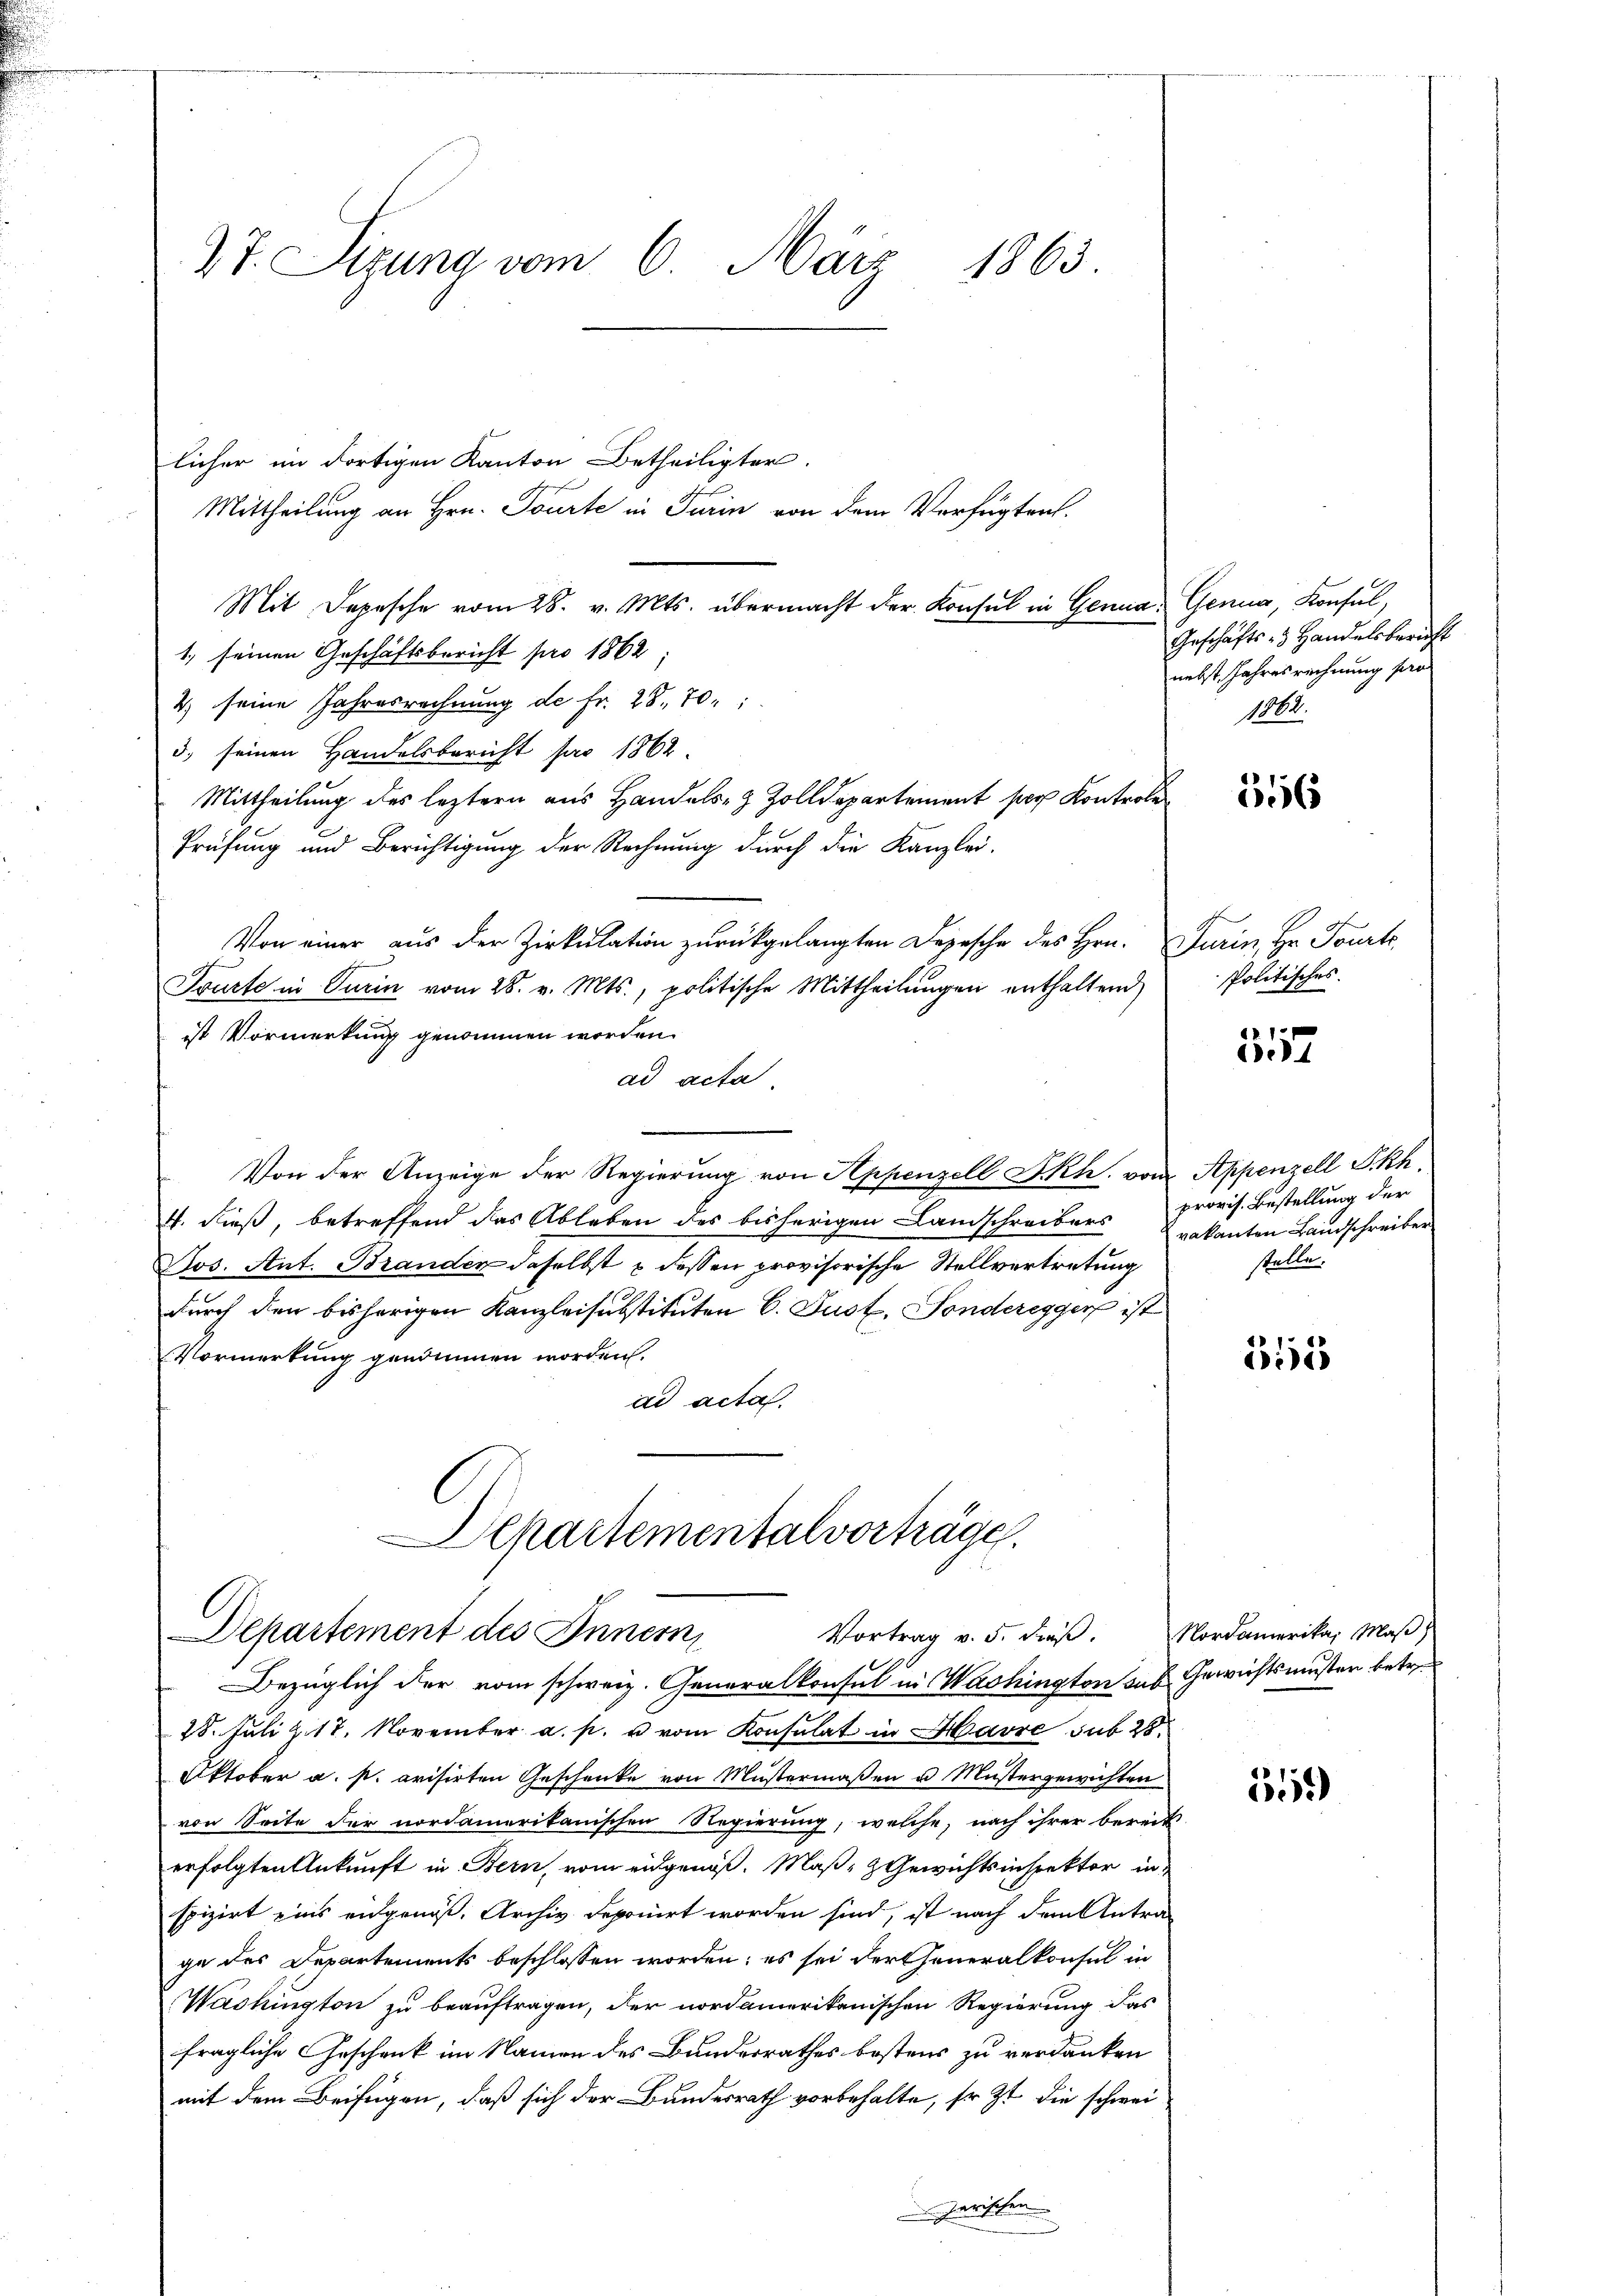
27. Sitzung vom 6. März 1863.

licher im dortigen Kanton Betheiligter
f
Mittheilung an Hrn. Tourte in Turin von dem Verfügten.
Mit Depesche vom 28. v. Mts. übermacht der Konsul in Genua, Genug, Konsul,
1, seinen Geschäftsbericht pro 1862;
2) seine Jahresrechnung de fr. 28. 70.
3) seinen Handelsbericht pro 1862
Mittheilung des leztern aus Handels- & Zolldepartement par Kontrole
Prüfung und Berichtigung der Rechnung durch die Kanzlei-
Von einer aus der Zirkulation zurückgelangten Depesche des Hrn.
Truste in Turin vom 28. v. Mts., politische Mittheilungen enthaltend
ist Vormerkung genommen worden.
ad acta
Von der Anzeige der Regierŭng von Appenzell I.Rh. von Appenzell Skh
4. dieß, betreffend das Ableben des bisherigen Landschreibers
Jos. Ant. Branden daselbst & dessen provisorische Stellvertretung
durch den bisherigen Kanzleisubstituten 6. Just, Sonderegger ist
Vormerkung genommen worden.
ad acta.

Departementalvorträge.
Departement des Innern,
Vortrag v. 5. dieβ. Nordamerika, Maβ
Bezüglich der vom schweiz. Generalkonsul in Washington das Gewichtsmuster betre

Geschäfts- & Handelsbericht
nebst Jahresrechnung pro
1860.

28. Juli u. 17. November a. p. u vom Konsulat in Havre sub 28.
Oktober a. s. arisirten Geschenke von Mustermaßen u. Mustergewichten
von Seite der nordamerikanischen Regierung, welche, nach ihrer bereit
erfolgten Ankunft in Bern, vom eingenoß. Maß- & Gewichtsinspektor in
spizirt eins eidgenöß. Archiv deponirt worden sind, ist nach dem Antra-
ge des Departements beschlossen worden; es sei der Generalkonsul in
Washington zu beauftragen, der nordamerikanischen Regierung das
fragliche Geschank im Namen des Bundesrathes bestens zu verdanken
mit dem Beifügen, daß sich der Bundesrath vorbehalte, so zu die schwein Parischen

116

Turin, Hr. Tourt,
Politisches.

1
de4

provis. Bestellung der
vakanten Landschreiber
stelle.

515

559)